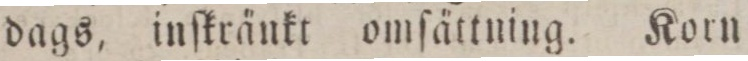
dags, inſktränkt omſättning. Korn